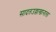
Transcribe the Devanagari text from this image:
सादतउल्लाखानाला